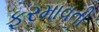
ફરમાવતી